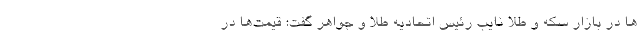
ها در بازار سکه و طلا نایب رئیس اتحادیه طلا و جواهر گفت: قیمت‌ها در